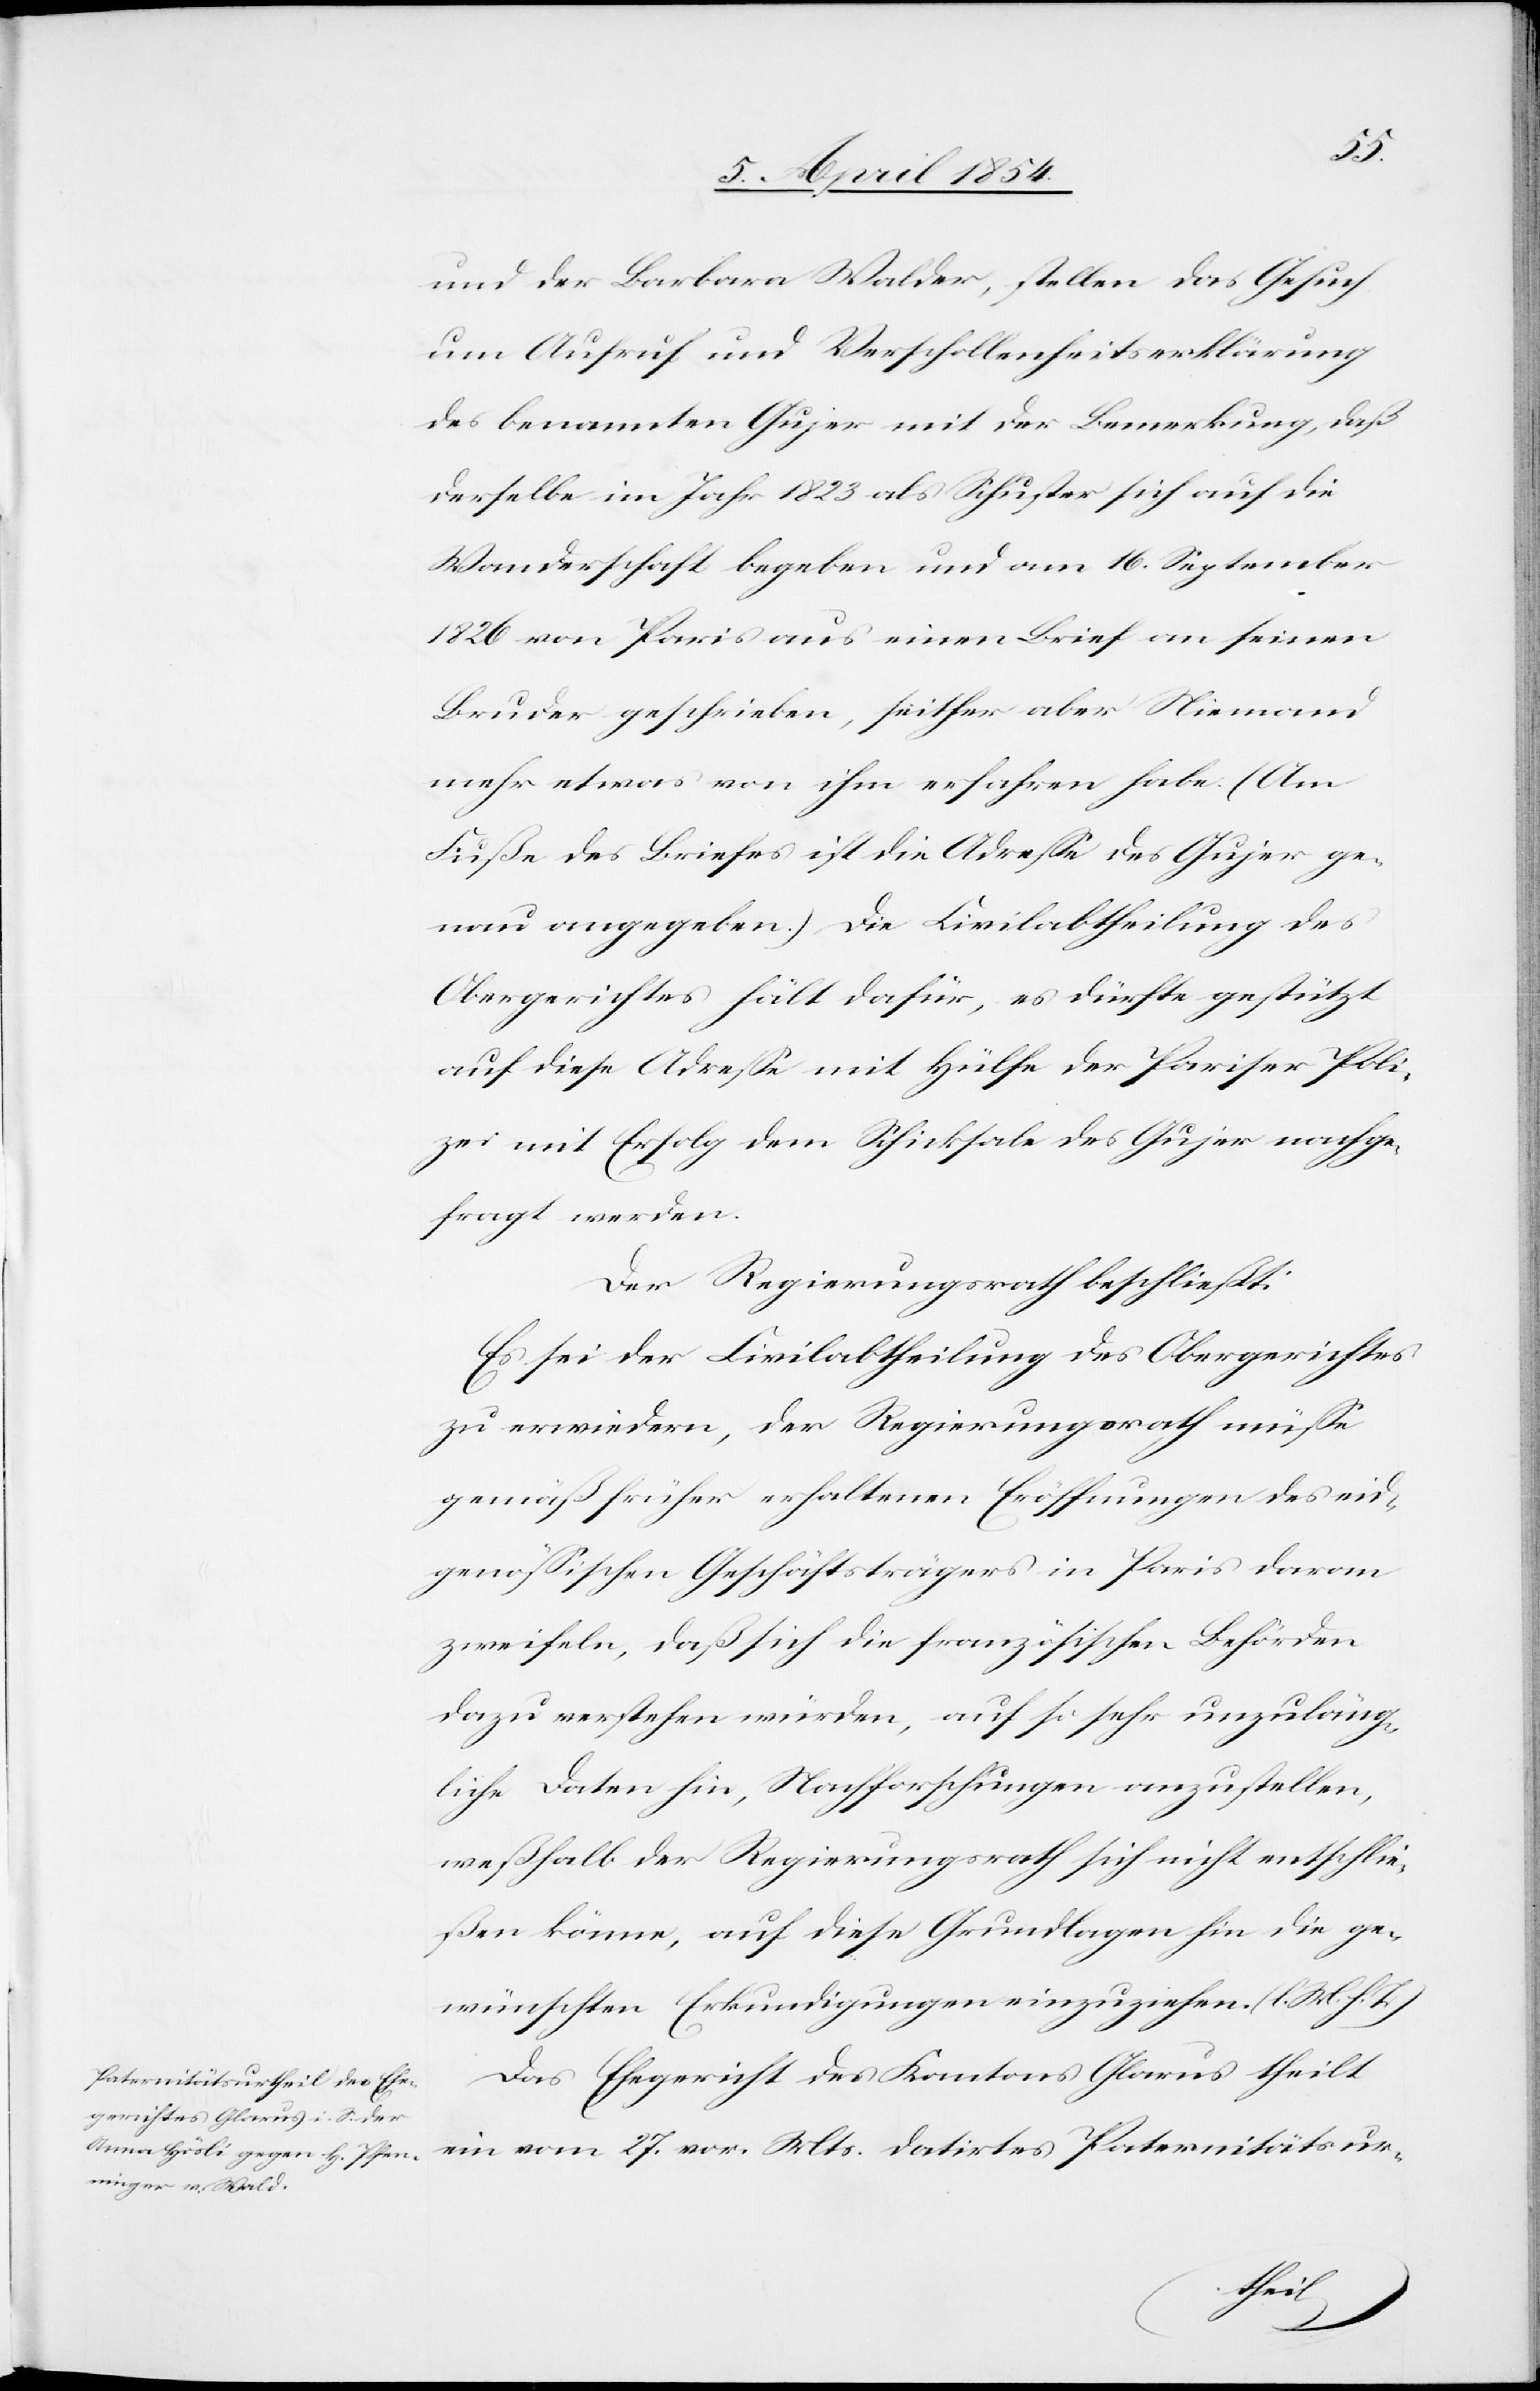
und der Barbara Walder, stellen das Gesuch
um Aufruf und Verschollenheitserklärung
des benannten Gujer mit der Bemerkung, daß
derselbe im Jahr 1823 als Schuster sich auf die
Wanderschaft begeben und am 16. September
1826 von Paris aus einen Brief an seinen
Bruder geschrieben, seither aber Niemand
mehr etwas von ihm erfahren habe. (Am
Fuße des Briefes ist die Adreße des Gujer ge¬
nau angegeben.) Die Civilabtheilung des
Obergerichtes hält dafür, es dürfte gestützt
auf diese Adreße mit Hülfe der Pariser Poli¬
zei mit Erfolg dem Schicksale des Gujer nachge¬
fragt werden.
Der Regierungsrath beschließt:
Es sei der Civilabtheilung des Obergerichtes
zu erwiedern, der Regierungsrath müße
gemäß früher erhaltenen Eröffnungen des eid¬
genößischen Geschäftsträgers in Pairs daran
zweifeln, daß sich die französischen Behörden
dazu verstehen würden, auf so sehr unzuläng¬
liche Daten hin, Nachforschungen anzustellen,
weßhalb der Regierungsrath sich nicht entschlie¬
ßen könne, auf diese Grundlagen hin die ge¬
wünschten Erkundigungen einzuziehen. (l. M. h. T.)
Das Ehegericht des Kantons Glarus theilt
ein vom 27. vor. Mts datirtes Paternitätsur-